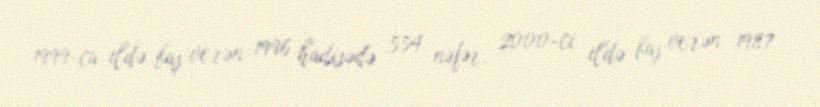
1999-cu ildə baş verən 1996 hadisədə 554 nəfər, 2000-ci ildə baş verən 1987